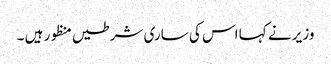
وزیر نے کہا اس کی ساری شرطیں منظور ہیں ۔